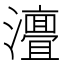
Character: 𭳧